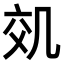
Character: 𠙇